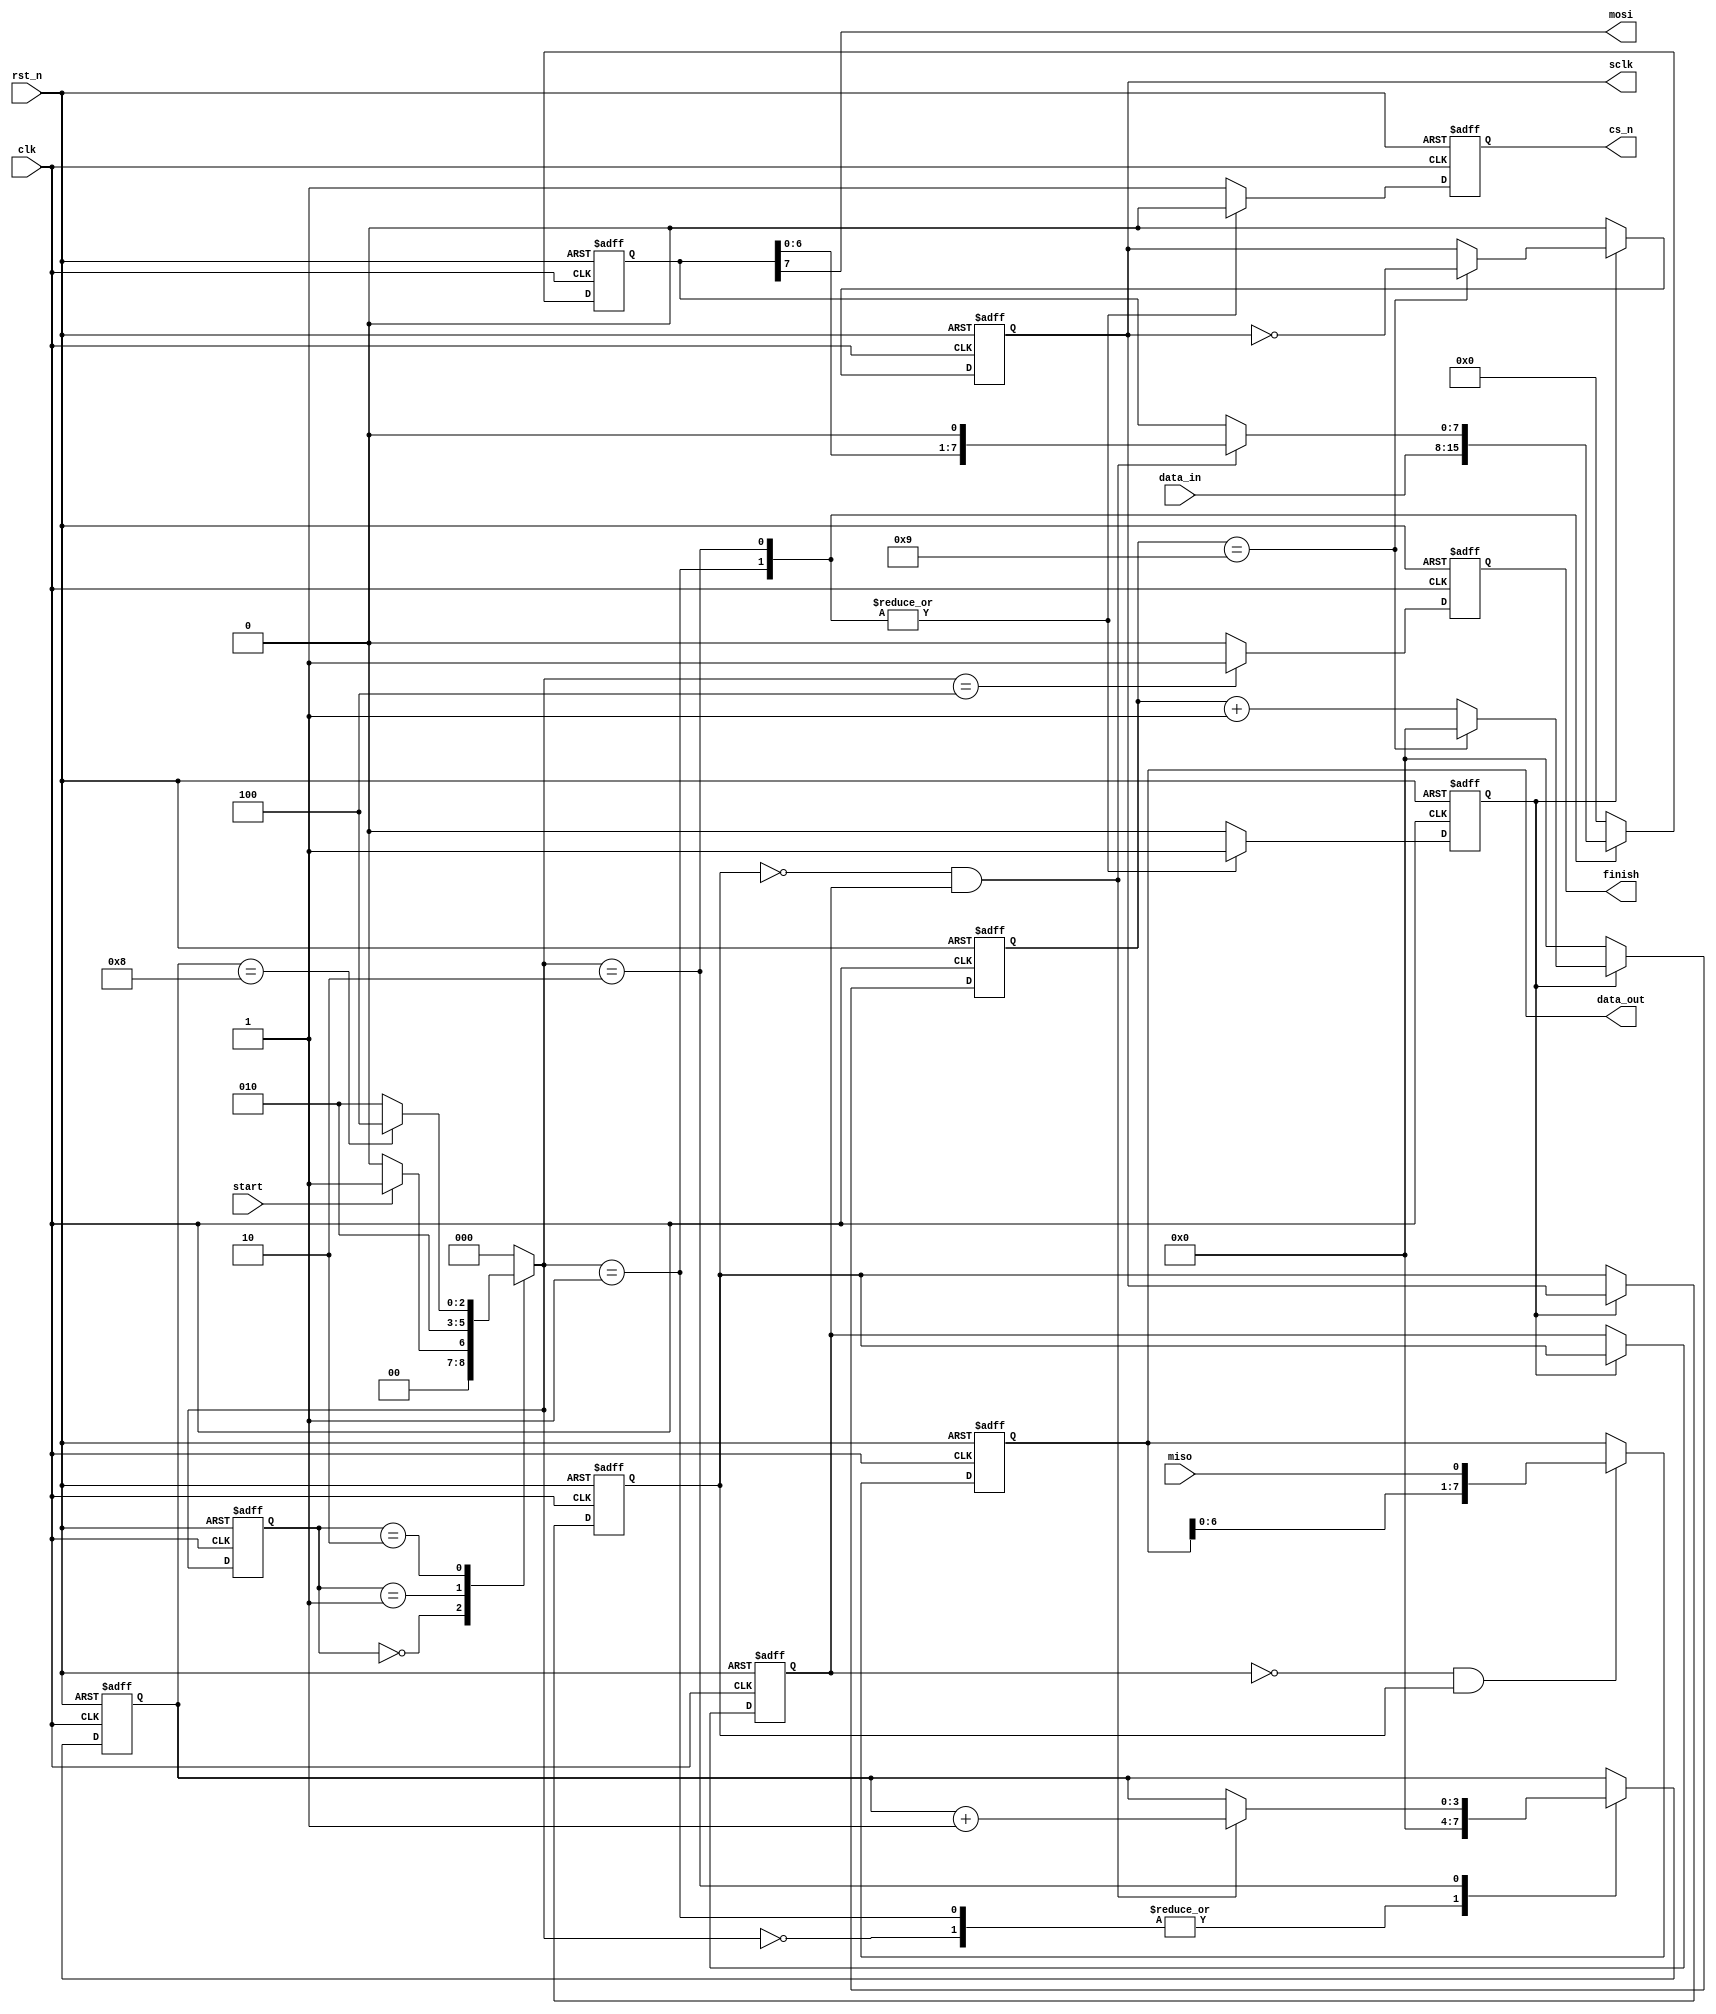
`timescale 1ns/1ps

module spi_master
#(
	parameter	CLK_FREQUENCE	= 50_000_000		,	//system clk frequence
				SPI_FREQUENCE	= 5_000_000			,	//spi clk frequence
				DATA_WIDTH		= 8					,	//serial word length
				CPOL			= 0					,	//SPI mode selection (mode 0 default)
				CPHA			= 0					 	//CPOL = clock polarity, CPHA = clock phase
)
(
	input								clk			,	//system clk
	input								rst_n		,	//system reset
	input		[DATA_WIDTH-1:0]		data_in		,	//the data sent by mosi
	input								start		,	//a pluse to start the SPI transmission
	input								miso		,	//spi bus miso input
	output	reg							sclk		,	//spi bus sclk
	output	reg							cs_n		,	//spi bus slave select line
	output								mosi		,	//spi bus mosi output
	output	reg							finish		,	//a pluse to indicate the SPI transmission finish and the data_out valid
	output	reg [DATA_WIDTH-1:0]		data_out	 	//the data received by miso,valid when the finish is high
);

localparam	FREQUENCE_CNT	= CLK_FREQUENCE/SPI_FREQUENCE - 1	,
			SHIFT_WIDTH		= log2(DATA_WIDTH)					,
			CNT_WIDTH		= log2(FREQUENCE_CNT)				;

localparam	IDLE	=	3'b000	,
			LOAD	=	3'b001	,
			SHIFT	=	3'b010	,
			DONE	=	3'b100	;

reg		[2:0]				cstate		;	//FSM current state
reg		[2:0]				nstate		;	//FSM next state
reg							clk_cnt_en	;	//start clk_cnt to generate sclk
reg							sclk_a		;	//sclk register to capture the edge of sclk
reg							sclk_b		;	//sclk register to capture the edge of sclk
wire						sclk_posedge;	//posedge of sclk
wire						sclk_negedge;	//negedge of sclk
wire						shift_en	;	//the signal to enable shift register to generate mosi
wire						sampl_en	;	//the signal to sample the data from miso
reg		[CNT_WIDTH-1:0]		clk_cnt		;	//the counter to generate sclk
reg		[SHIFT_WIDTH-1:0]	shift_cnt	;	//the counter to count the number of shifts
reg		[DATA_WIDTH-1:0]	data_reg	;	//the register to latch the data_in,also the shift register
//the counter to generate the sclk
always @(posedge clk or negedge rst_n) begin
	if (!rst_n) 
		clk_cnt <= 'd0;
	else if (clk_cnt_en) 
		if (clk_cnt == FREQUENCE_CNT) 
			clk_cnt <= 'd0;
		else
			clk_cnt <= clk_cnt + 1'b1;
	else
		clk_cnt <= 'd0;
end
//generate the sclk
always @(posedge clk or negedge rst_n) begin
	if (!rst_n) 
		sclk <= CPOL;
	else if (clk_cnt_en) 
		if (clk_cnt == FREQUENCE_CNT)  	
			sclk <= ~sclk; 
		else 
			sclk <= sclk;
	else
		sclk <= CPOL;
end
//------------------------------------------
//to capture the edge of sclk
always @(posedge clk or negedge rst_n) begin
	if (!rst_n) begin
		sclk_a <= CPOL;
		sclk_b <= CPOL;
	end else if (clk_cnt_en) begin
		sclk_a <= sclk;
		sclk_b <= sclk_a;
	end
end

assign sclk_posedge = ~sclk_b & sclk_a;
assign sclk_negedge = ~sclk_a & sclk_b;
//----------------------------------------
//==============================================
//==============GENERATE BLOCKS=================
generate
	case (CPHA)
		0: assign sampl_en = sclk_posedge;
		1: assign sampl_en = sclk_negedge;
		default: assign sampl_en = sclk_posedge;
	endcase
endgenerate

generate
 	case (CPHA)
		0: assign shift_en = sclk_negedge;
 		1: assign shift_en = sclk_posedge;
		default: assign shift_en = sclk_posedge;
	endcase
endgenerate
//=============================================
//FSM-1
always @(posedge clk or negedge rst_n) begin
	if (!rst_n) 
		cstate <= IDLE;
	else 
		cstate <= nstate;
end
//FSM-2
always @(*) begin
	case (cstate)
		IDLE	: nstate = start ? LOAD : IDLE;
		LOAD	: nstate = SHIFT;
		SHIFT	: nstate = (shift_cnt == DATA_WIDTH) ? DONE : SHIFT;
		DONE	: nstate = IDLE;
		default: nstate = IDLE;
	endcase
end
//FSM-3
always @(posedge clk or negedge rst_n) begin
	if (!rst_n) begin
		clk_cnt_en	<= 1'b0	;
		data_reg	<= 'd0	;
		cs_n		<= 1'b1	;
		shift_cnt	<= 'd0	;
		finish <= 1'b0	;
	end else begin
		case (nstate)
			IDLE	: begin
				clk_cnt_en	<= 1'b0	;
				data_reg	<= 'd0	;
				cs_n		<= 1'b1	;
				shift_cnt	<= 'd0	;
				finish 		<= 1'b0	;
			end
			LOAD	: begin
				clk_cnt_en	<= 1'b1		;
				data_reg	<= data_in	;
				cs_n		<= 1'b0		;
				shift_cnt	<= 'd0		;
				finish 		<= 1'b0		;
			end
			SHIFT	: begin
				if (shift_en) begin
					shift_cnt	<= shift_cnt + 1'b1 ;
					data_reg	<= {data_reg[DATA_WIDTH-2:0],1'b0};
				end else begin
					shift_cnt	<= shift_cnt	;
					data_reg	<= data_reg		;
				end
				clk_cnt_en	<= 1'b1	;
				cs_n		<= 1'b0	;
				finish 		<= 1'b0	;
			end
			DONE	: begin
				clk_cnt_en	<= 1'b0	;
				data_reg	<= 'd0	;
				cs_n		<= 1'b1	;
				data_reg	<= 'd0	;
				finish 		<= 1'b1	;
			end
			default	: begin
				clk_cnt_en	<= 1'b0	;
				data_reg	<= 'd0	;
				cs_n		<= 1'b1	;
				data_reg	<= 'd0	;
				finish 		<= 1'b0	;
			end
		endcase
	end
end
//mosi output MSB first
assign mosi = data_reg[DATA_WIDTH-1];
//sample data from the miso line
always @(posedge clk or negedge rst_n) begin
	if (!rst_n) 
		data_out <= 'd0;
	else if (sampl_en) 
		data_out <= {data_out[DATA_WIDTH-1:0],miso};
	else
		data_out <= data_out;
end
//the function to get the width of data 
function integer log2(input integer v);
  begin
	log2=0;
	while(v>>log2) 
	  log2=log2+1;
  end
endfunction

endmodule